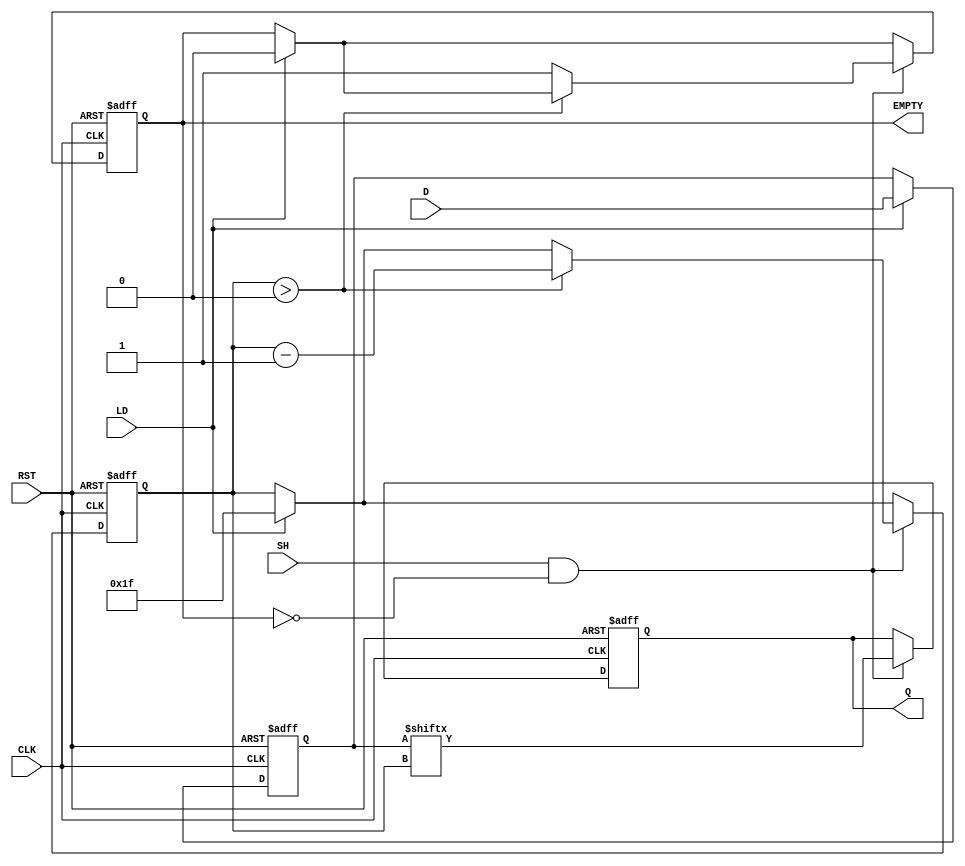
module PISO_32bit (
    input wire [31:0] D,       // Parallel Data Input
    input wire LD,             // Load signal
    input wire SH,             // Shift signal
    input wire CLK,            // Clock signal
    input wire RST,            // Reset signal
    output reg Q,              // Serial Output
    output reg EMPTY           // Empty signal
);

    reg [31:0] REG;            // Storage Register
    reg [4:0] counter;         // Counter for shifting bits (0 to 31)
    reg shifting;              // State flag for shifting mode

    // Asynchronous Reset
    always @(posedge CLK or posedge RST) begin
        if (RST) begin
            REG <= 32'b0;      // Clear the register
            Q <= 1'b0;         // Clear the output
            counter <= 5'd0;   // Reset counter
            EMPTY <= 1'b1;     // Register is empty
            shifting <= 1'b0;   // Not shifting
        end else begin
            // Loading data into the register
            if (LD) begin
                REG <= D;       // Load parallel data
                counter <= 5'd31; // Set counter to point to MSB
                EMPTY <= 1'b0;  // Register is not empty
                shifting <= 1'b0; // Not shifting yet
            end
            
            // Shifting out data serially
            if (SH && !EMPTY) begin
                Q <= REG[counter]; // Output the current bit
                if (counter > 0) begin
                    counter <= counter - 1; // Decrement counter
                end else begin
                    EMPTY <= 1'b1; // All bits shifted out, register is empty
                end
                shifting <= 1'b1; // Indicate shifting is in progress
            end else begin
                shifting <= 1'b0; // Not shifting if SH is not asserted
            end
        end
    end

endmodule